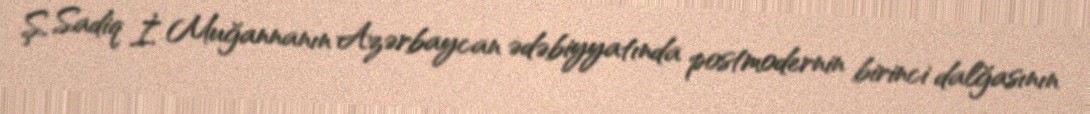
Ş. Sadiq İ. Muğannanın Azərbaycan ədəbiyyatında postmodernin birinci dalğasının